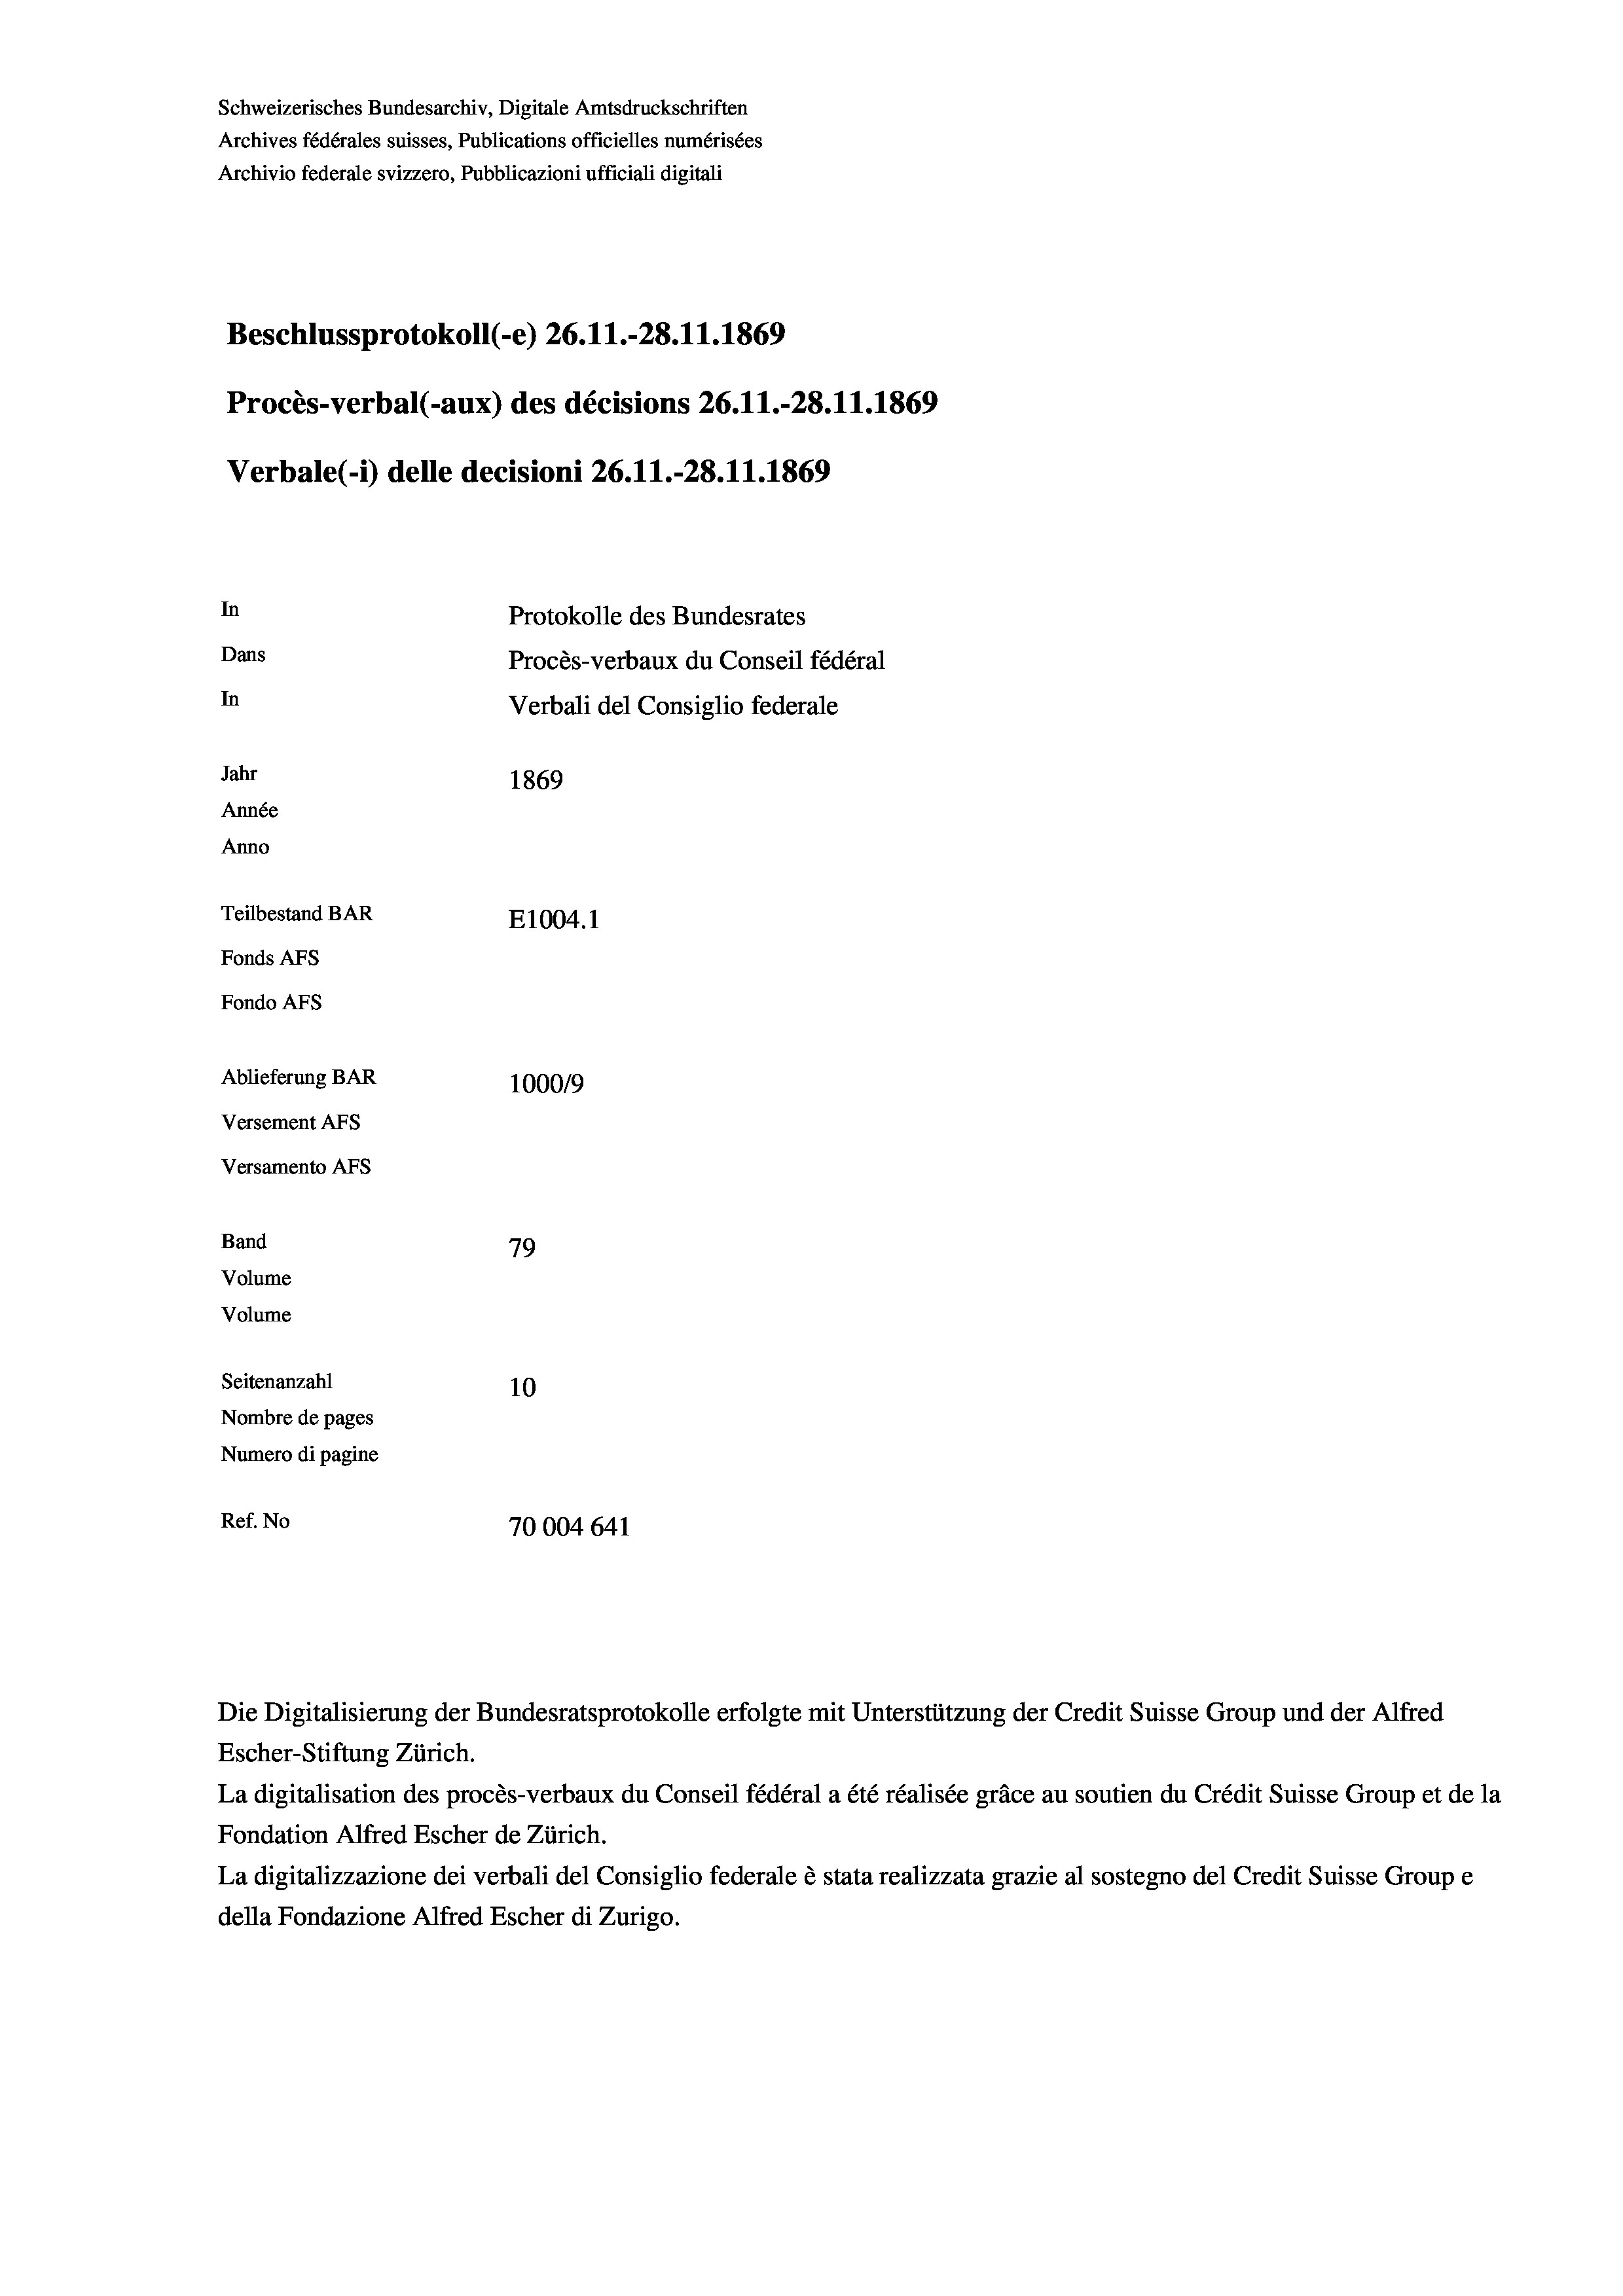
Schweizerisches Bundesarchiv, Digitale Amtsdruckschriften
Archives fédérales suisses, Publications officielles numérisées
Archivio federale svizzero, Pubblicazioni ufficiali digitali
Beschlussprotokoll (-e) 26.11.-28.11.1869
Procès-verbal (-aux) des décisions 26.11.-28.11.1869
Verbale (- 1) delle decisioni 26. 11.-28.11.1869
In
Protokolle des Bundesrates
Dans
Procès-verbaux du Conseil fédéral
In
Verbali del Consiglio federale
Jahr
1869
Année
Anno
Teilbestand BAR
E1004.1
Fonds AFs
Fondo AFS
Ablieferung BAR
100019
Versement AFs
Versamento AFs
Band
79
Volume
Volume
Seitenanzahl
10
Nombre de pages
Numero di pagine
Ref. No
70004 641

Escher-Stiftung Zürich.
La digitalisation des procès-verbaux du Conseil fédéral a été réalisée gräce au soutien du Crédit Suisse Group et de la
Fondation Alfred Escher de Zürich.
La digitalizzazione dei verbali del Consiglio federale è stata realizzata grazie al sostegno del Credit Suisse Groupe
della Fondazione Alfred Escher di Zurigo.

Die Digitalisierung der Bundesratsprotokolle erfolgte mit Unterstützung der Credit Suisse Group und der Alfred